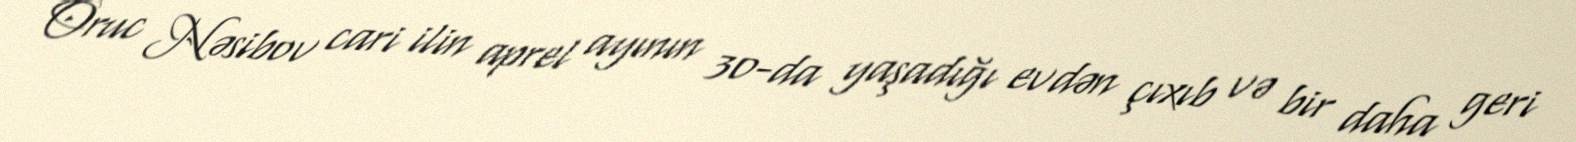
Oruc Nəsibov cari ilin aprel ayının 30-da yaşadığı evdən çıxıb və bir daha geri